Local Government Staffs (War Service) Act, 1939, 1939
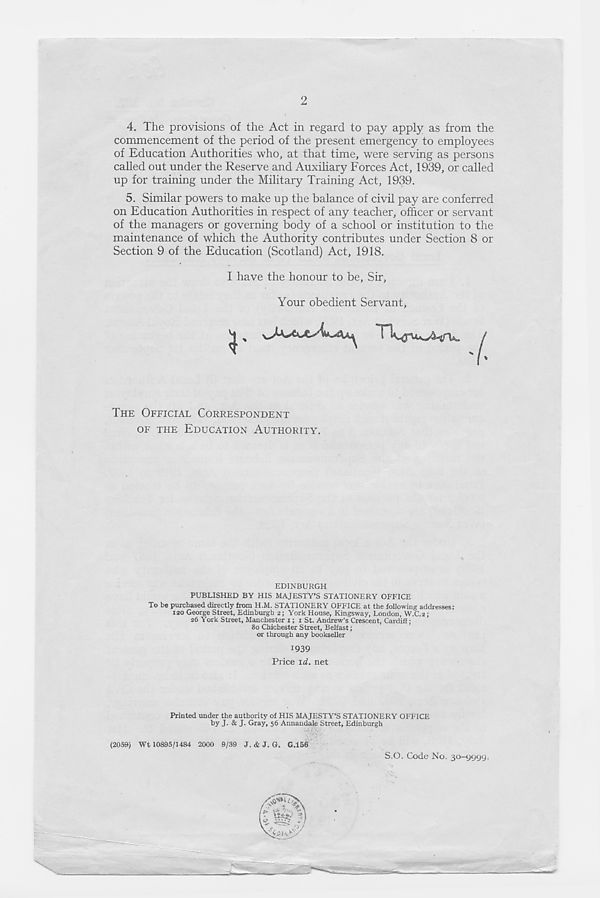
O*'
2
4. The provisions of the Act in regard to pay apply as from the
commencement of the period of the present emergency to employees
of Education Authorities who, at that time, were serving as persons
called out under the Reserve and Auxiliary Forces Act, 1939, or called
up for training under the Military Training Act, 1939.
5. Similar powers to make up the balance of civil pay are conferred
on Education Authorities in respect of any teacher, officer or servant
of the managers or governing body of a school or institution to the
maintenance of which the Authority contributes under Section 8 or
Section 9 of the Education (Scotland) Act, 1918.
I have the honour to be, Sir,
Your obedient Servant,
THE OFFICIAL CORRESPONDENT
OF THE EDUCATION AUTHORITY.
EDINBURGH
PUBLISHED BY HIS MAJESTY’S STATIONERY OFFICE
To be purchased directly from H.M. STATIONERY OFFICE at the following addresses:
120 George Street, Edinburgh 2; York House, Kingsway, London, W.C.2;
26 York Street, Manchester 1; 1 St. Andrew’s Crescent, Cardiff;
80 Chichester Street, Belfast;
or through any bookseller
1939
Price id. net
Printed under the authority of HIS MAJESTY’S STATIONERY OFFICE
by J- & J- Gray, 56 Annandale Street, Edinburgh
••be ‘
(2059) Wt 10895/1484 2000 9/39 J. & J. G. G.156
S.O. Code No. 30-9999.